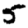
Digit: 5